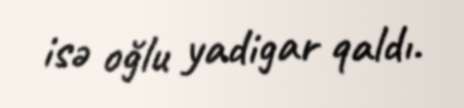
isə oğlu yadigar qaldı.